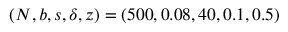
( N , b , s , \delta , z ) = ( 5 0 0 , 0 . 0 8 , 4 0 , 0 . 1 , 0 . 5 )